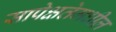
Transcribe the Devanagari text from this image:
सापेक्षतेमधील